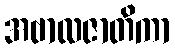
အဗာလဇာတိကာ